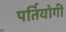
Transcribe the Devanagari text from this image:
पर्तियोगी